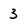
Character: 3